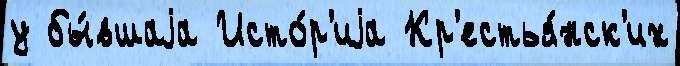
у бы́вшаjа Исто́р'иjа Кр'естья́нск'их